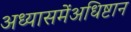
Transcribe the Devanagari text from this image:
अध्यासमेंअधिष्टान